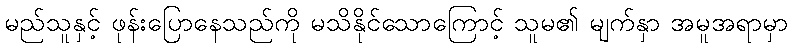
မည်သူနှင့် ဖုန်းပြောနေသည်ကို မသိနိုင်သောကြောင့် သူမ၏ မျက်နှာ အမူအရာမှာ